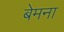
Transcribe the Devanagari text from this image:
बेमना